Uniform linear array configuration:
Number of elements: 12
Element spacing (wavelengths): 0.25
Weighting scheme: hann
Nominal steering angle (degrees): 0
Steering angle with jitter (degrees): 1.726
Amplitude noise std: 0.05
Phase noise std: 0.05

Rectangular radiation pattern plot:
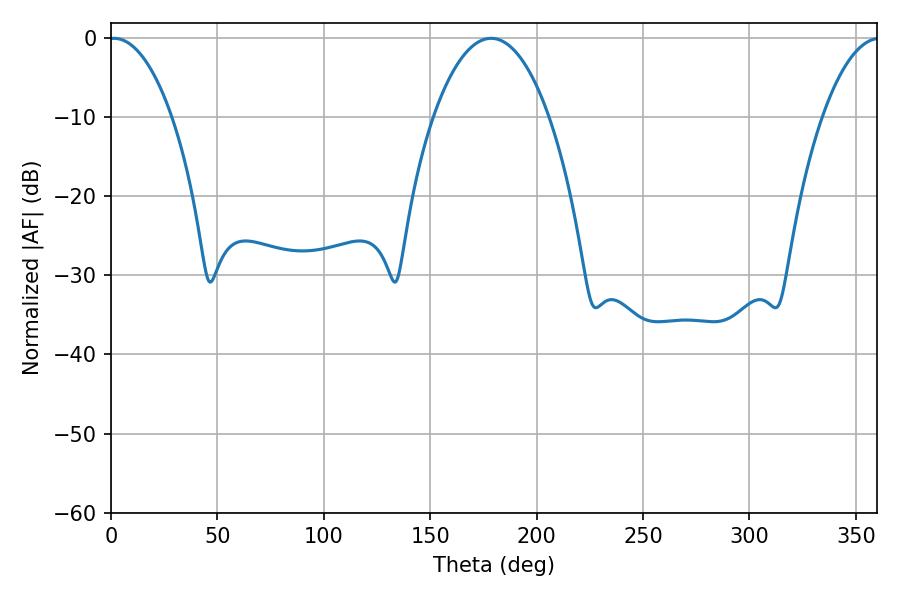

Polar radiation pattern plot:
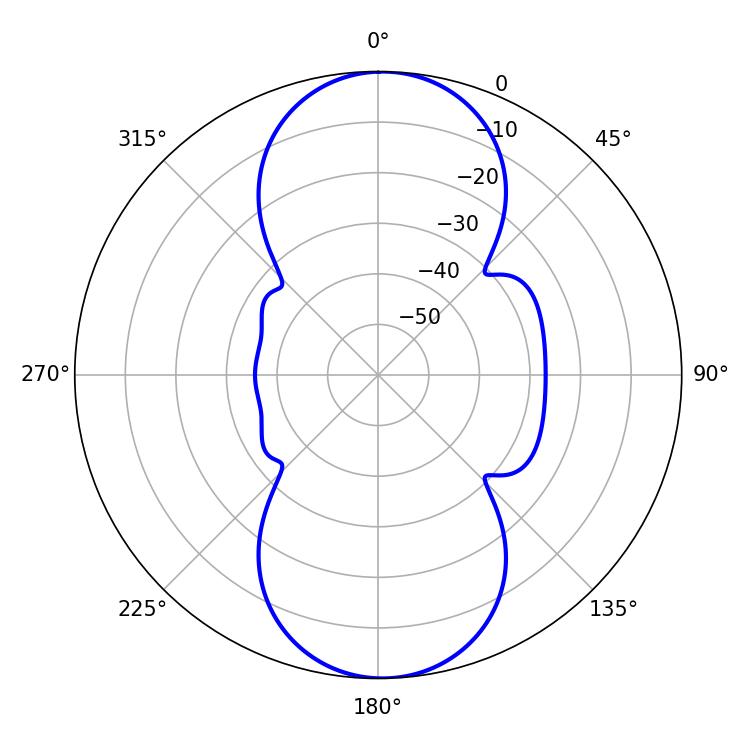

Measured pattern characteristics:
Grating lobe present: FALSE
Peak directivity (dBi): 18.408
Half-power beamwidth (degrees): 16.56
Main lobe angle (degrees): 1.44